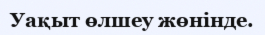
Уақыт өлшеу жөнінде.